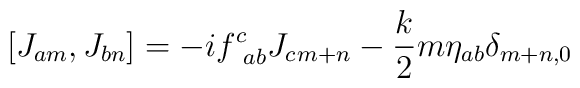
[J_{am},J_{bn}]=-if_{~ab}^{c}J_{c\hspace{.2mm}m+n}-\frac{k}{2}m\eta_{ab}\delta_{m+n,0}